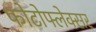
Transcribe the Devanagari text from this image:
फोटोफ्लेक्सर